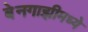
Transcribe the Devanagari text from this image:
बेनगाझीमध्ये